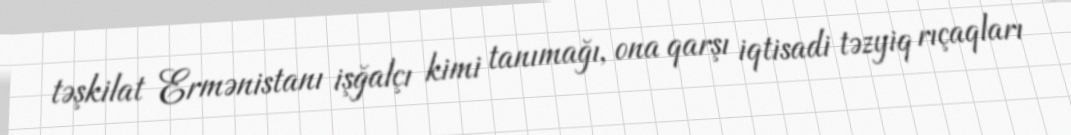
təşkilat Ermənistanı işğalçı kimi tanımağı, ona qarşı iqtisadi təzyiq rıçaqları